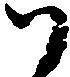
御